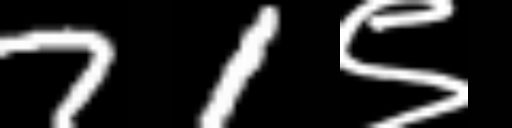
Text: 71९